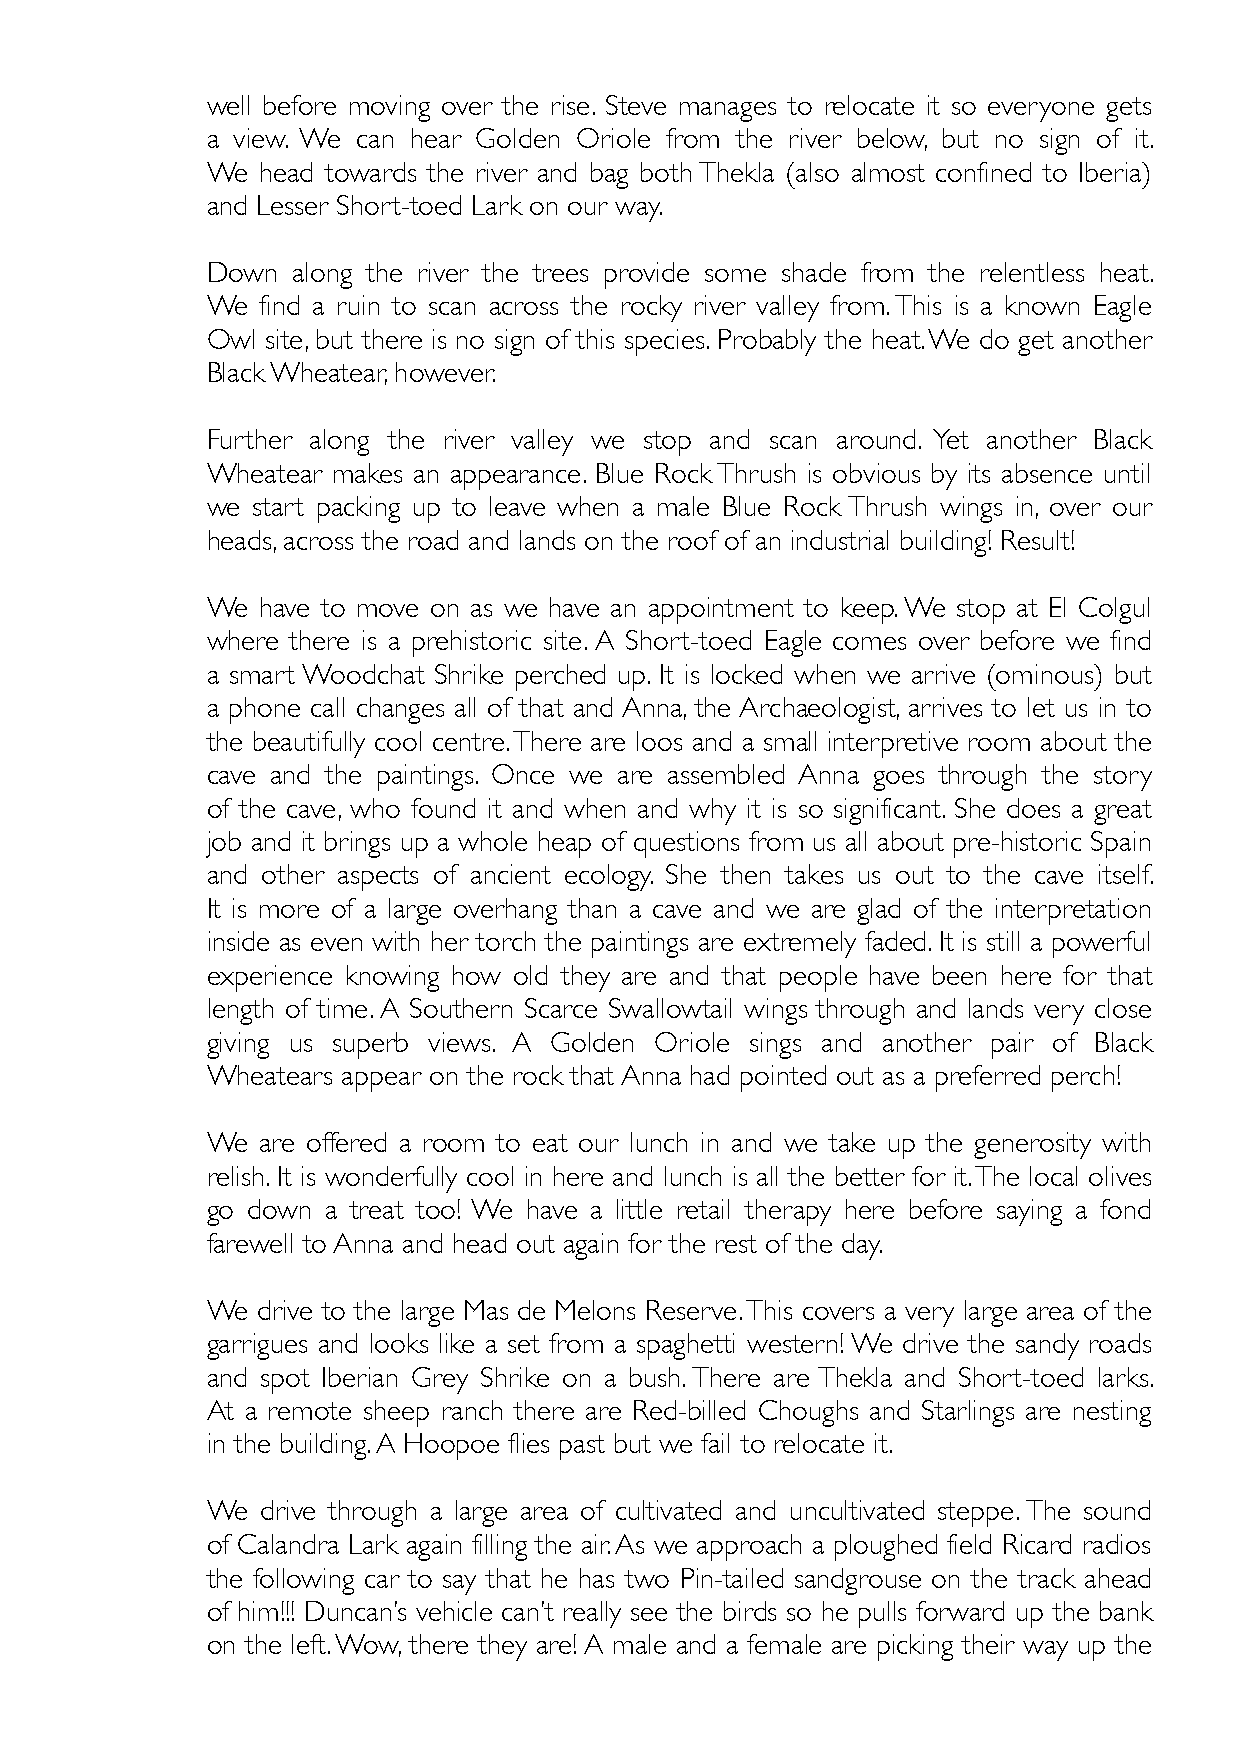
well before moving over the rise. Steve manages to relocate it so everyone gets
 a view. We can hear Golden Oriole from the river below, but no sign of it.
 We head towards the river and bag both Thekla (also almost confined to Iberia)
 and Lesser Short-toed Lark on our way.
 Down along the river the trees provide some shade from the relentless heat.
 We find a ruin to scan across the rocky river valley from. This is a known Eagle
 Owl site, but there is no sign of this species. Probably the heat. We do get another
 Black Wheatear, however.
 Further along the river valley we stop and scan around. Yet another Black
 Wheatear makes an appearance. Blue Rock Thrush is obvious by its absence until
 we start packing up to leave when a male Blue Rock Thrush wings in, over our
 heads, across the road and lands on the roof of an industrial building! Result!
 We have to move on as we have an appointment to keep. We stop at El Colgul
 where there is a prehistoric site. A Short-toed Eagle comes over before we find
 a smart Woodchat Shrike perched up. It is locked when we arrive (ominous) but
 a phone call changes all of that and Anna, the Archaeologist, arrives to let us in to
 the beautifully cool centre. There are loos and a small interpretive room about the
 cave and the paintings. Once we are assembled Anna goes through the story
 of the cave, who found it and when and why it is so significant. She does a great
 job and it brings up a whole heap of questions from us all about pre-historic Spain
 and other aspects of ancient ecology. She then takes us out to the cave itself.
 It is more of a large overhang than a cave and we are glad of the interpretation
 inside as even with her torch the paintings are extremely faded. It is still a powerful
 experience knowing how old they are and that people have been here for that
 length of time. A Southern Scarce Swallowtail wings through and lands very close
 giving us superb views. A Golden Oriole sings and another pair of Black
 Wheatears appear on the rock that Anna had pointed out as a preferred perch!
 We are offered a room to eat our lunch in and we take up the generosity with
 relish. It is wonderfully cool in here and lunch is all the better for it. The local olives
 go down a treat too! We have a little retail therapy here before saying a fond
 farewell to Anna and head out again for the rest of the day.
 We drive to the large Mas de Melons Reserve. This covers a very large area of the
 garrigues and looks like a set from a spaghetti western! We drive the sandy roads
 and spot Iberian Grey Shrike on a bush. There are Thekla and Short-toed larks.
 At a remote sheep ranch there are Red-billed Choughs and Starlings are nesting
 in the building. A Hoopoe flies past but we fail to relocate it.
 We drive through a large area of cultivated and uncultivated steppe. The sound
 of Calandra Lark again filling the air. As we approach a ploughed field Ricard radios
 the following car to say that he has two Pin-tailed sandgrouse on the track ahead
 of him!!! Duncan’s vehicle can’t really see the birds so he pulls forward up the bank
 on the left. Wow, there they are! A male and a female are picking their way up the